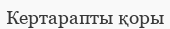
Кертарапты қоры